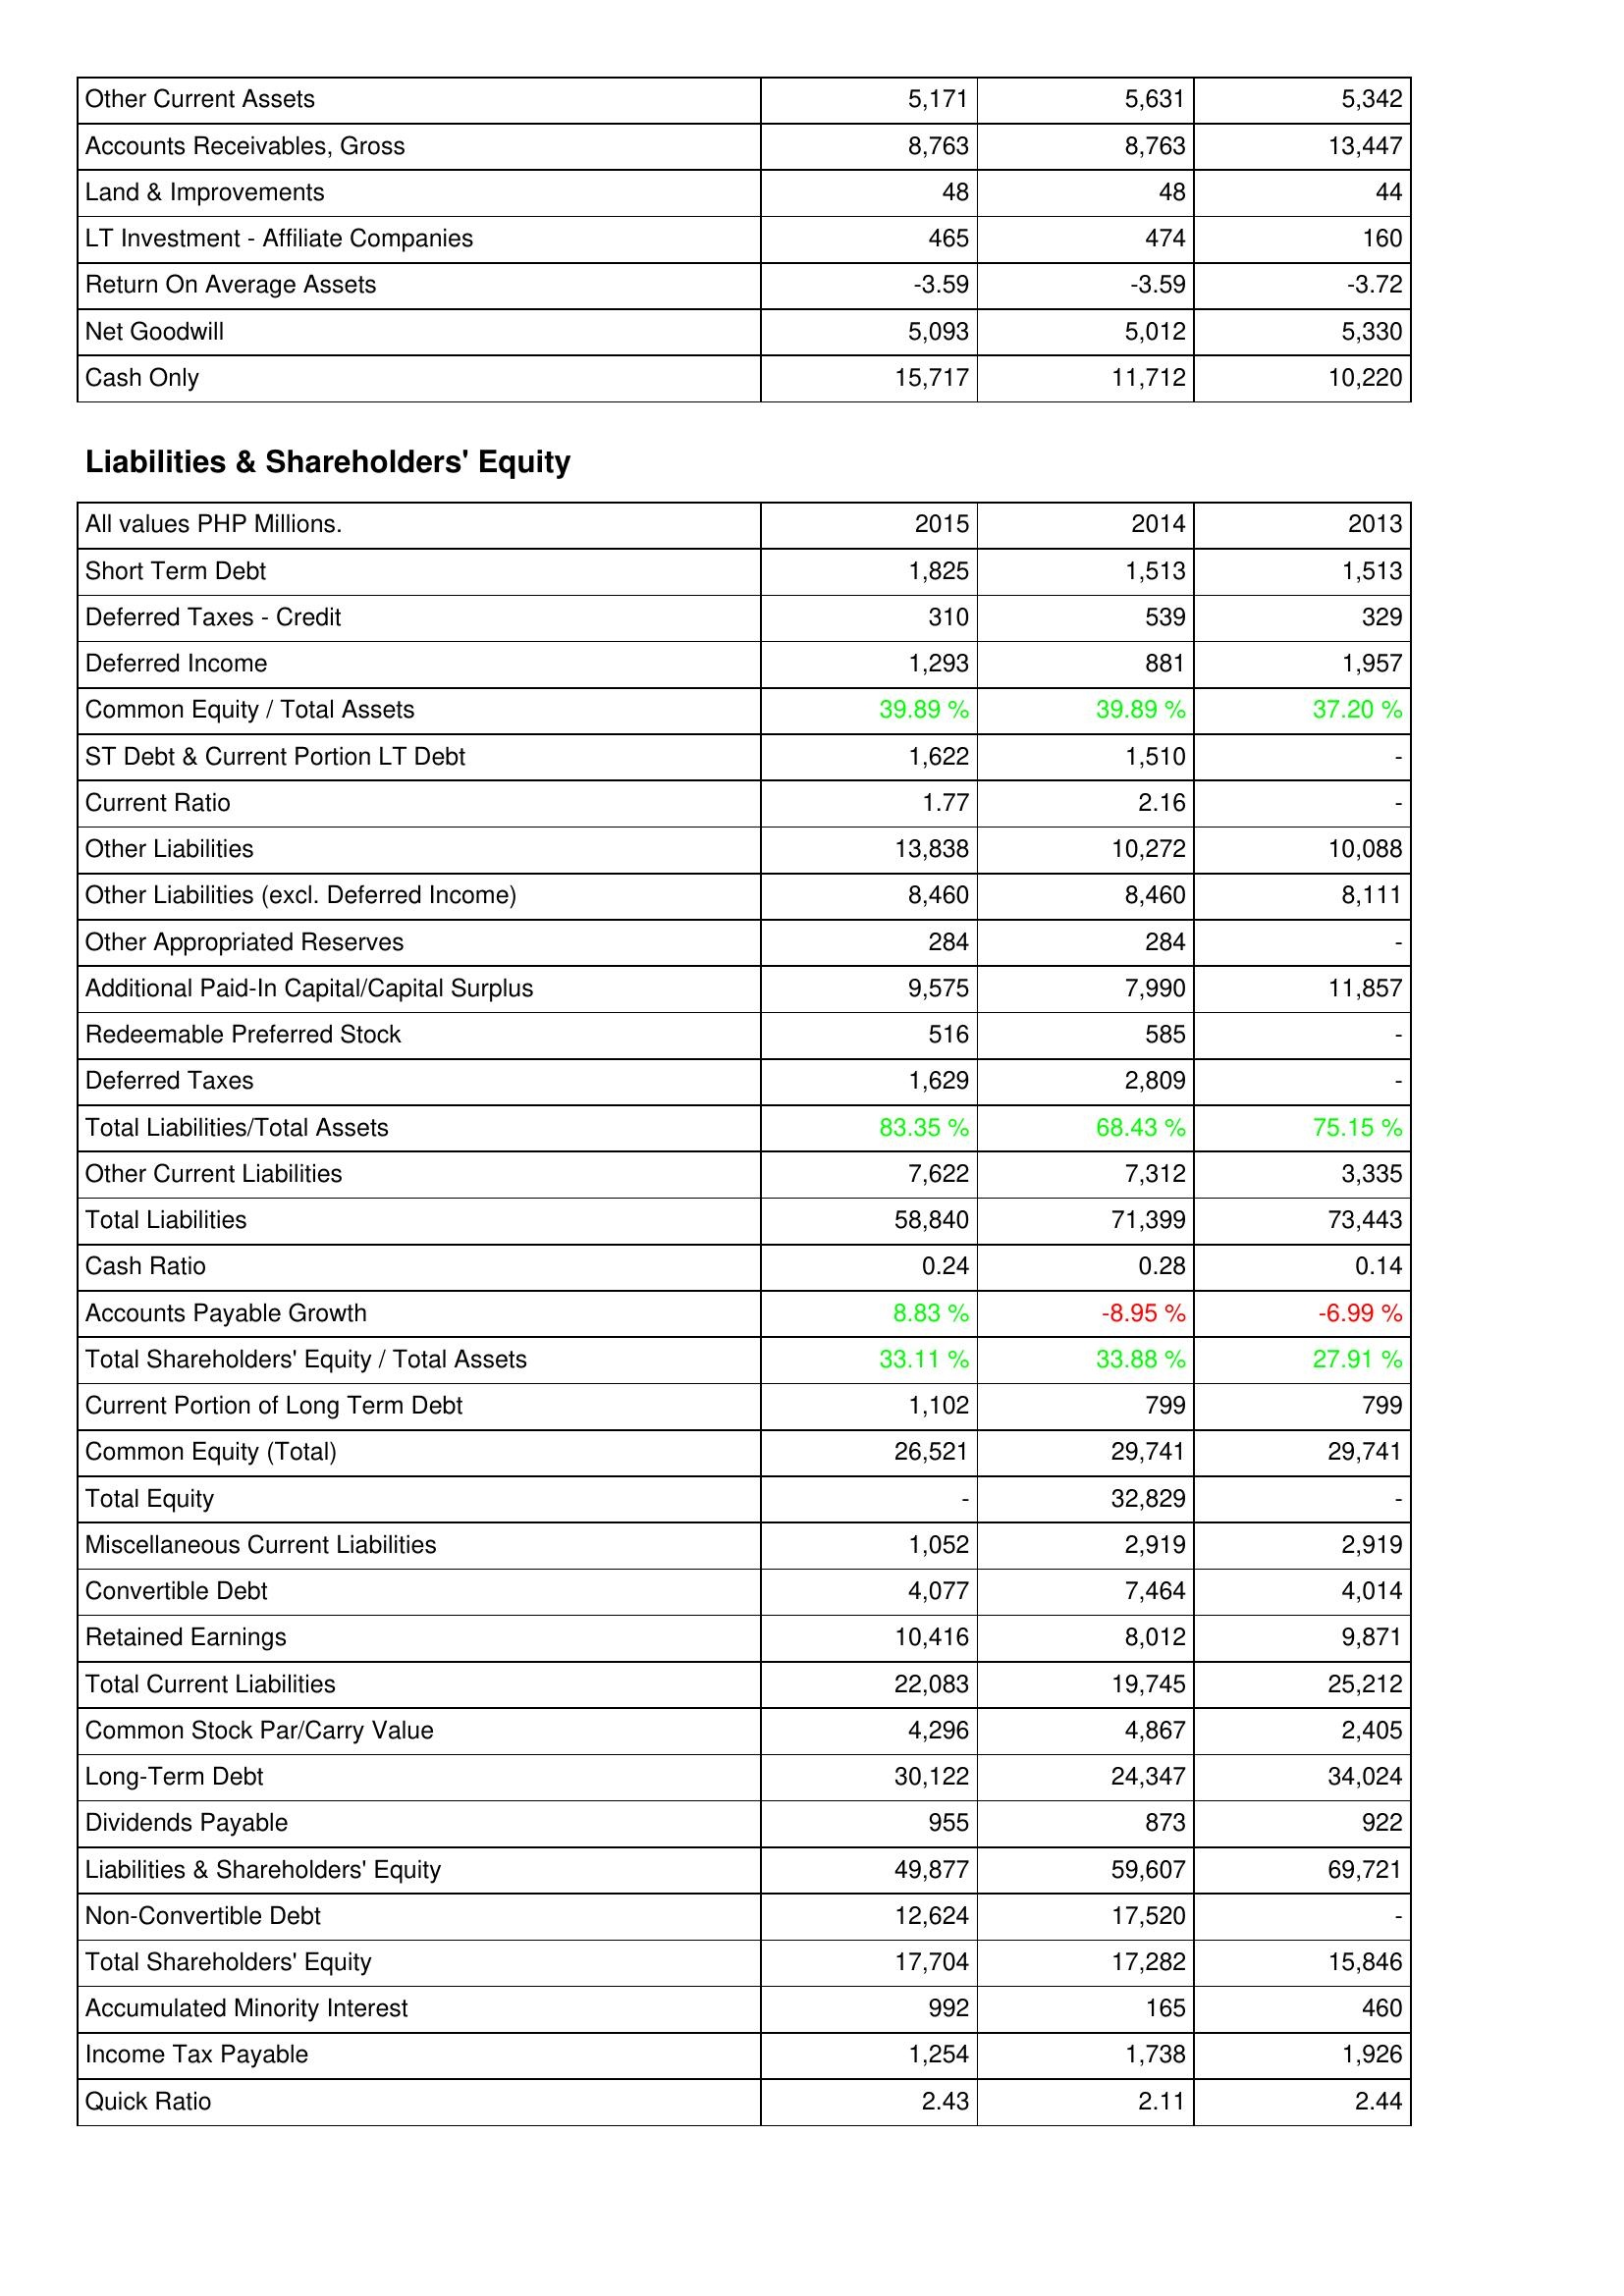
2015: Assets: Other Current Assets: 5,171
Accounts Receivables, Gross: 8,763
Land & Improvements: 48
LT Investment - Affiliate Companies: 465
Return On Average Assets: -3.59
Net Goodwill: 5,093
Cash Only: 15,717
Liabilities & Shareholders' Equity: Short Term Debt: 1,825
Deferred Taxes - Credit: 310
Deferred Income: 1,293
Common Equity / Total Assets: 39.89 %
ST Debt & Current Portion LT Debt: 1,622
Current Ratio: 1.77
Other Liabilities: 13,838
Other Liabilities (excl. Deferred Income): 8,460
Other Appropriated Reserves: 284
Additional Paid-In Capital/Capital Surplus: 9,575
Redeemable Preferred Stock: 516
Deferred Taxes: 1,629
Total Liabilities/Total Assets: 83.35 %
Other Current Liabilities: 7,622
Total Liabilities: 58,840
Cash Ratio: 0.24
Accounts Payable Growth: 8.83 %
Total Shareholders' Equity / Total Assets: 33.11 %
Current Portion of Long Term Debt: 1,102
Common Equity (Total): 26,521
Total Equity: -
Miscellaneous Current Liabilities: 1,052
Convertible Debt: 4,077
Retained Earnings: 10,416
Total Current Liabilities: 22,083
Common Stock Par/Carry Value: 4,296
Long-Term Debt: 30,122
Dividends Payable: 955
Liabilities & Shareholders' Equity: 49,877
Non-Convertible Debt: 12,624
Total Shareholders' Equity: 17,704
Accumulated Minority Interest: 992
Income Tax Payable: 1,254
Quick Ratio: 2.43
2014: Assets: Other Current Assets: 5,631
Accounts Receivables, Gross: 8,763
Land & Improvements: 48
LT Investment - Affiliate Companies: 474
Return On Average Assets: -3.59
Net Goodwill: 5,012
Cash Only: 11,712
Liabilities & Shareholders' Equity: Short Term Debt: 1,513
Deferred Taxes - Credit: 539
Deferred Income: 881
Common Equity / Total Assets: 39.89 %
ST Debt & Current Portion LT Debt: 1,510
Current Ratio: 2.16
Other Liabilities: 10,272
Other Liabilities (excl. Deferred Income): 8,460
Other Appropriated Reserves: 284
Additional Paid-In Capital/Capital Surplus: 7,990
Redeemable Preferred Stock: 585
Deferred Taxes: 2,809
Total Liabilities/Total Assets: 68.43 %
Other Current Liabilities: 7,312
Total Liabilities: 71,399
Cash Ratio: 0.28
Accounts Payable Growth: -8.95 %
Total Shareholders' Equity / Total Assets: 33.88 %
Current Portion of Long Term Debt: 799
Common Equity (Total): 29,741
Total Equity: 32,829
Miscellaneous Current Liabilities: 2,919
Convertible Debt: 7,464
Retained Earnings: 8,012
Total Current Liabilities: 19,745
Common Stock Par/Carry Value: 4,867
Long-Term Debt: 24,347
Dividends Payable: 873
Liabilities & Shareholders' Equity: 59,607
Non-Convertible Debt: 17,520
Total Shareholders' Equity: 17,282
Accumulated Minority Interest: 165
Income Tax Payable: 1,738
Quick Ratio: 2.11
2013: Assets: Other Current Assets: 5,342
Accounts Receivables, Gross: 13,447
Land & Improvements: 44
LT Investment - Affiliate Companies: 160
Return On Average Assets: -3.72
Net Goodwill: 5,330
Cash Only: 10,220
Liabilities & Shareholders' Equity: Short Term Debt: 1,513
Deferred Taxes - Credit: 329
Deferred Income: 1,957
Common Equity / Total Assets: 37.20 %
ST Debt & Current Portion LT Debt: -
Current Ratio: -
Other Liabilities: 10,088
Other Liabilities (excl. Deferred Income): 8,111
Other Appropriated Reserves: -
Additional Paid-In Capital/Capital Surplus: 11,857
Redeemable Preferred Stock: -
Deferred Taxes: -
Total Liabilities/Total Assets: 75.15 %
Other Current Liabilities: 3,335
Total Liabilities: 73,443
Cash Ratio: 0.14
Accounts Payable Growth: -6.99 %
Total Shareholders' Equity / Total Assets: 27.91 %
Current Portion of Long Term Debt: 799
Common Equity (Total): 29,741
Total Equity: -
Miscellaneous Current Liabilities: 2,919
Convertible Debt: 4,014
Retained Earnings: 9,871
Total Current Liabilities: 25,212
Common Stock Par/Carry Value: 2,405
Long-Term Debt: 34,024
Dividends Payable: 922
Liabilities & Shareholders' Equity: 69,721
Non-Convertible Debt: -
Total Shareholders' Equity: 15,846
Accumulated Minority Interest: 460
Income Tax Payable: 1,926
Quick Ratio: 2.44